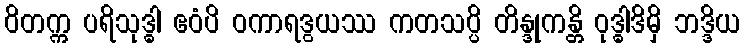
ဝိတက္က ပရိသုဒ္ဓါ ဧဝံပိ ဝကာရဒွယဿ ကတသပ္ပိ တိန္ဒုကန္တိ ဝုဒ္ဓါဒိမှိ ဘဒ္ဒိယ